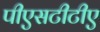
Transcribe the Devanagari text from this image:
पीएसटीटीए